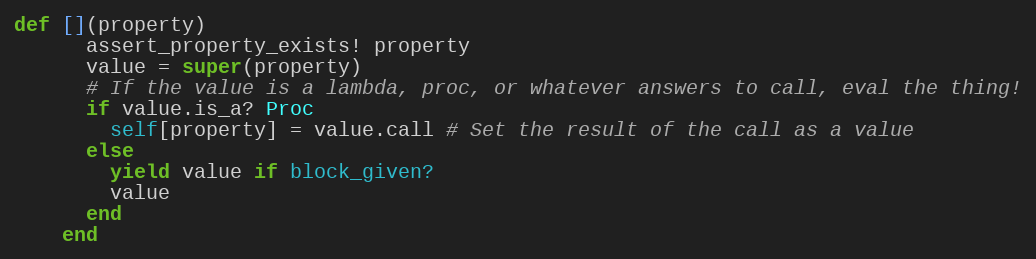
Language: Ruby
def [](property)
      assert_property_exists! property
      value = super(property)
      # If the value is a lambda, proc, or whatever answers to call, eval the thing!
      if value.is_a? Proc
        self[property] = value.call # Set the result of the call as a value
      else
        yield value if block_given?
        value
      end
    end